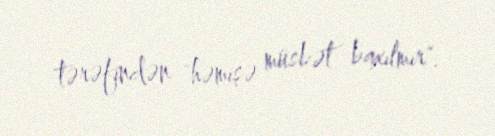
tərəfindən "həmişə müsbət baxılmır".